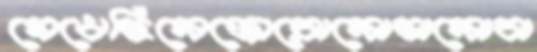
সেধেছিলেজোরোলোভালোবা